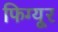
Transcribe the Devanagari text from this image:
फिग्यूर